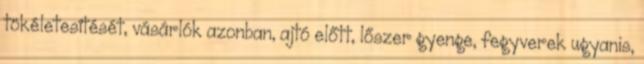
tökéletesítését, vásárlók azonban, ajtó előtt, lőszer gyenge, fegyverek ugyanis,